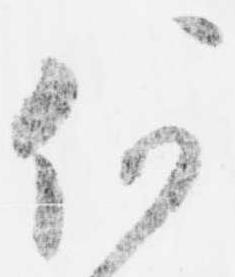
何